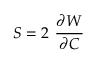
{ \boldsymbol { S } } = 2 ~ { \cfrac { \partial W } { \partial { \boldsymbol { C } } } }